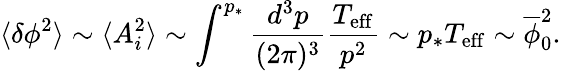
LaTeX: \langle\delta\phi^{2}\rangle\sim\langle A_{i}^{2}\rangle\sim\int^{p_{*}}\frac{d^{3}p}{(2\pi)^{3}}\frac{T_{\mathrm{eff}}}{p^{2}}\sim p_{*}T_{\mathrm{eff}}\sim\overline{{{\phi}}}_{0}^{2}.